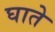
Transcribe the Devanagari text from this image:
घाते